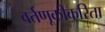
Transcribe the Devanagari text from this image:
वर्तणूकीकरिता